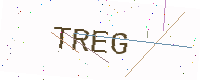
Text: TREG